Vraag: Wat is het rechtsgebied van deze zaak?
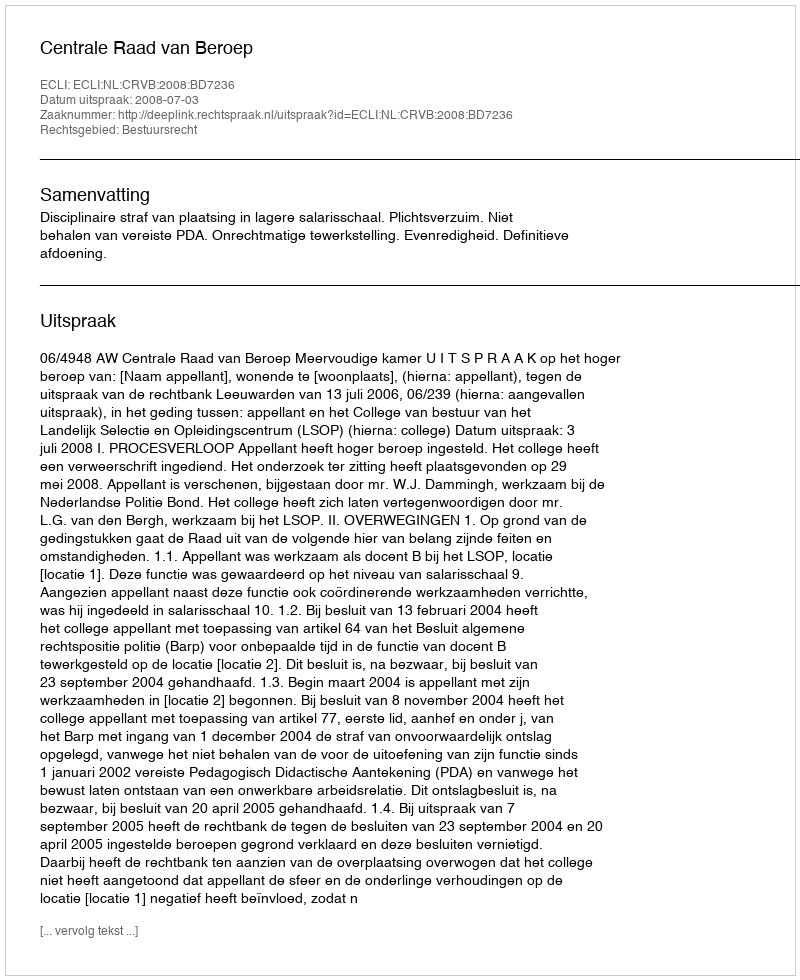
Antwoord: Bestuursrecht